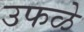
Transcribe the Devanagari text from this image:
उफळे